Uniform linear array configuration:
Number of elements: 8
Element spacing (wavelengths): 1
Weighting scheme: binomial
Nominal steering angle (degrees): -60
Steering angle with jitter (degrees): -60.872
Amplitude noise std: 0.05
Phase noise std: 0.05

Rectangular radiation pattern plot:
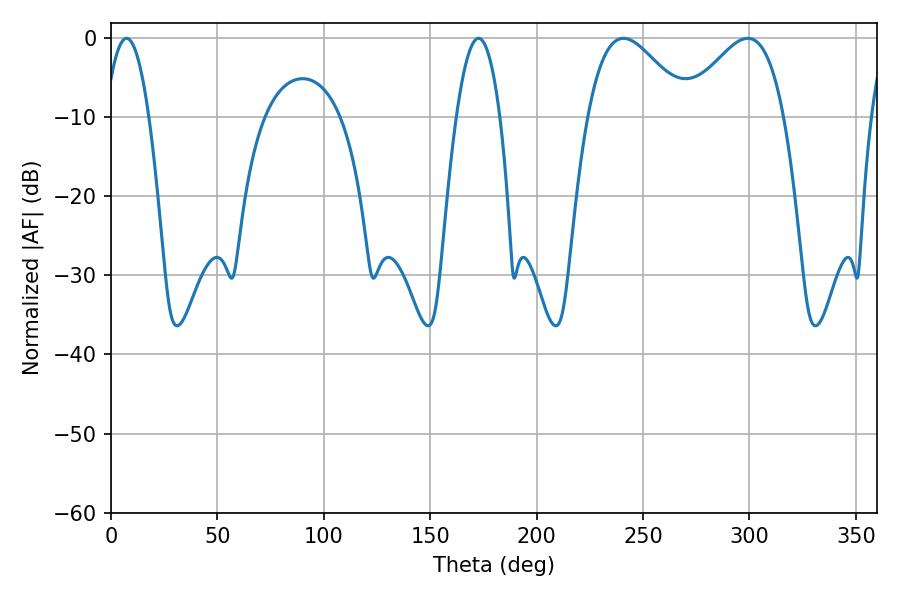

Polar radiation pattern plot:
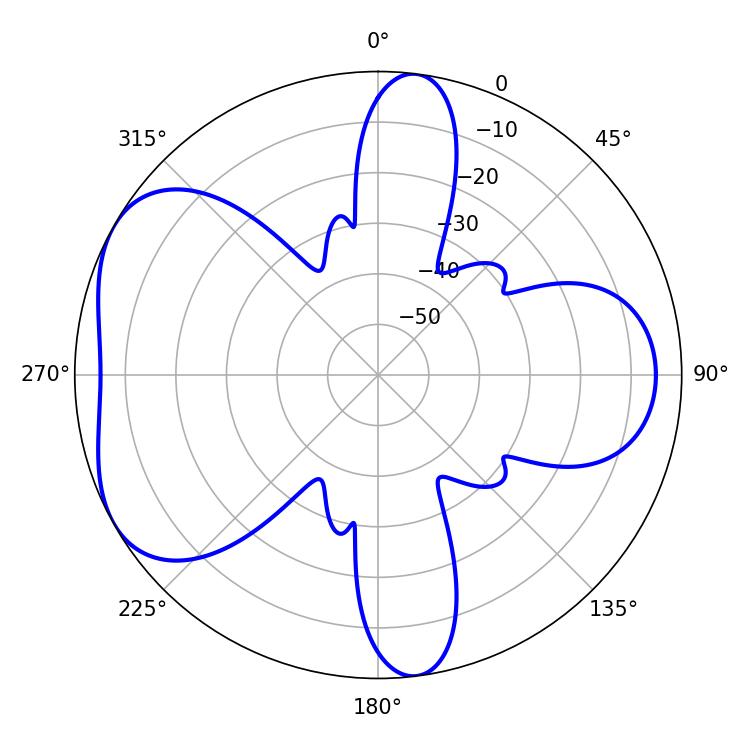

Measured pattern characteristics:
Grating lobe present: TRUE
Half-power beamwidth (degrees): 25.38
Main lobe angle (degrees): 240.84